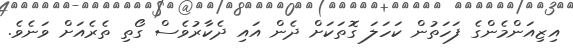
އިޒިއަންމެންގެ ފަހަތުން ކަހަލަ ގޮތަކަށް ދެން އައި ދެކާރުވެސް ގޯތި ތެރެއަށް ވަނެވެ.